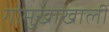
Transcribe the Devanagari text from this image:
गोमुखाखाली